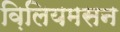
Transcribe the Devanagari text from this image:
व़िलियमसन